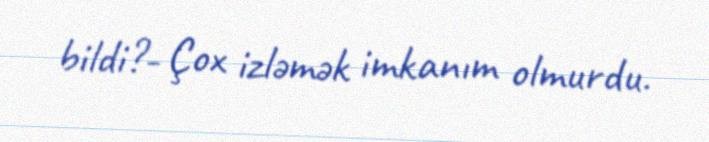
bildi?- Çox izləmək imkanım olmurdu.